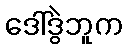
ဒေါ်ဒွဲဘူက